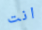
انت